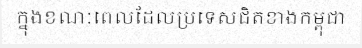
ក្នុងខណៈពេលដែលប្រទេសជិតខាងកម្ពុជា